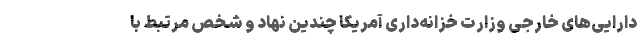
دارایی‌های خارجی وزارت خزانه‌داری آمریکا چندین نهاد و شخص مرتبط با